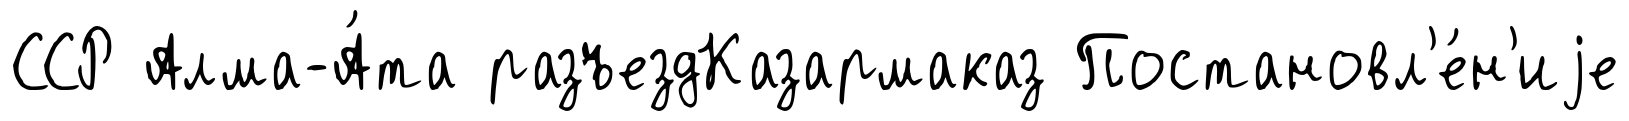
ССР Алма-А́та разъездКазармаказ Постановл'е́н'иjе